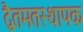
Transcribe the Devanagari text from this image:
द्वैतमतस्थापक